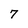
Character: 7